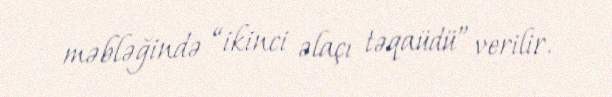
məbləğində “ikinci əlaçı təqaüdü” verilir.